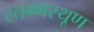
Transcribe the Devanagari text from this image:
स्तम्भस्थूण